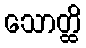
သောတ္ထိ